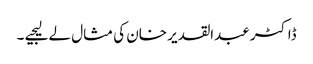
ڈاکٹر عبدالقدیر خان کی مثال لے لیجیے ۔